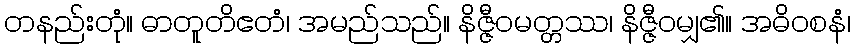
တနည်းတုံ။ ဓာတူတိဧတံ၊ အမည်သည်။ နိဇ္ဇီဝမတ္တဿ၊ နိဇ္ဇီဝမျှ၏။ အဓိဝစနံ၊